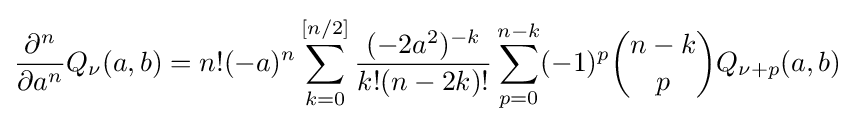
{\frac {\partial ^{n}}{\partial a^{n}}}Q_{\nu }(a,b)=n!(-a)^{n}\sum _{k=0}^{[n/2]}{\frac {(-2a^{2})^{-k}}{k!(n-2k)!}}\sum _{p=0}^{n-k}(-1)^{p}{\binom {n-k}{p}}Q_{\nu +p}(a,b)